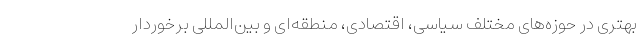
بهتری در حوزه‌های مختلف سیاسی، اقتصادی، منطقه‌ای و بین‌المللی برخوردار